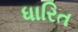
ધારિત